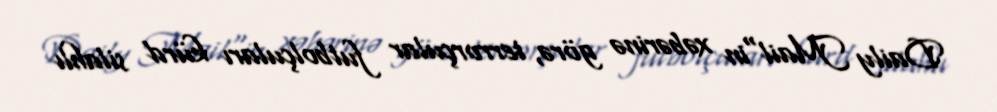
Daily Mail"in xəbərinə görə, terrorçular futbolçuları kürd silahlı